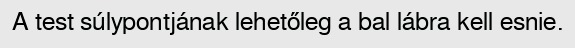
A test súlypontjának lehetőleg a bal lábra kell esnie.